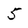
Character: 5